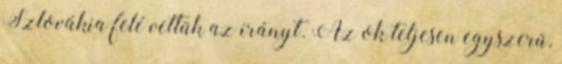
Szlovákia felé vettük az irányt. Az ok teljesen egyszerű,